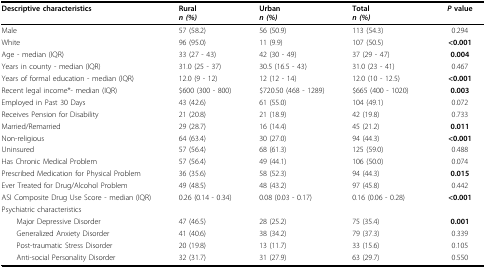
<table><thead><tr><td><b>Descriptive characteristics</b></td><td><b>Rural<i>n (%)</i></b></td><td><b>Urban<i>n (%)</i></b></td><td><b>Total<i>n (%)</i></b></td><td><b><i>P </i>value</b></td></tr></thead><tbody><tr><td>Male</td><td>57 (58.2)</td><td>56 (50.9)</td><td>113 (54.3)</td><td>0.294</td></tr><tr><td>White</td><td>96 (95.0)</td><td>11 (9.9)</td><td>107 (50.5)</td><td><b>&lt; 0.001</b></td></tr><tr><td>Age - median (IQR)</td><td>33 (27 - 43)</td><td>42 (30 - 49)</td><td>37 (29 - 47)</td><td><b>0.004</b></td></tr><tr><td>Years in county - median (IQR)</td><td>31.0 (25 - 37)</td><td>30.5 (16.5 - 43)</td><td>31.0 (23 - 41)</td><td>0.467</td></tr><tr><td>Years of formal education - median (IQR)</td><td>12.0 (9 - 12)</td><td>12 (12 - 14)</td><td>12.0 (10 - 12.5)</td><td><b>&lt; 0.001</b></td></tr><tr><td>Recent legal income*- median (IQR)</td><td>$600 (300 - 800)</td><td>$720.50 (468 - 1289)</td><td>$665 (400 - 1020)</td><td><b>0.003</b></td></tr><tr><td>Employed in Past 30 Days</td><td>43 (42.6)</td><td>61 (55.0)</td><td>104 (49.1)</td><td>0.072</td></tr><tr><td>Receives Pension for Disability</td><td>21 (20.8)</td><td>21 (18.9)</td><td>42 (19.8)</td><td>0.733</td></tr><tr><td>Married/Remarried</td><td>29 (28.7)</td><td>16 (14.4)</td><td>45 (21.2)</td><td><b>0.011</b></td></tr><tr><td>Non-religious</td><td>64 (63.4)</td><td>30 (27.0)</td><td>94 (44.3)</td><td><b>&lt; 0.001</b></td></tr><tr><td>Uninsured</td><td>57 (56.4)</td><td>68 (61.3)</td><td>125 (59.0)</td><td>0.488</td></tr><tr><td>Has Chronic Medical Problem</td><td>57 (56.4)</td><td>49 (44.1)</td><td>106 (50.0)</td><td>0.074</td></tr><tr><td>Prescribed Medication for Physical Problem</td><td>36 (35.6)</td><td>58 (52.3)</td><td>94 (44.3)</td><td><b>0.015</b></td></tr><tr><td>Ever Treated for Drug/Alcohol Problem</td><td>49 (48.5)</td><td>48 (43.2)</td><td>97 (45.8)</td><td>0.442</td></tr><tr><td>ASI Composite Drug Use Score - median (IQR)</td><td>0.26 (0.14 - 0.34)</td><td>0.08 (0.03 - 0.17)</td><td>0.16 (0.06 - 0.28)</td><td><b>&lt; 0.001</b></td></tr><tr><td>Psychiatric characteristics</td><td></td><td></td><td></td><td></td></tr><tr><td> Major Depressive Disorder</td><td>47 (46.5)</td><td>28 (25.2)</td><td>75 (35.4)</td><td><b>0.001</b></td></tr><tr><td> Generalized Anxiety Disorder</td><td>41 (40.6)</td><td>38 (34.2)</td><td>79 (37.3)</td><td>0.339</td></tr><tr><td> Post-traumatic Stress Disorder</td><td>20 (19.8)</td><td>13 (11.7)</td><td>33 (15.6)</td><td>0.105</td></tr><tr><td> Anti-social Personality Disorder</td><td>32 (31.7)</td><td>31 (27.9)</td><td>63 (29.7)</td><td>0.550</td></tr></tbody></table>